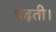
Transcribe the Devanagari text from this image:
पढ़ती।